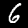
Digit: 6